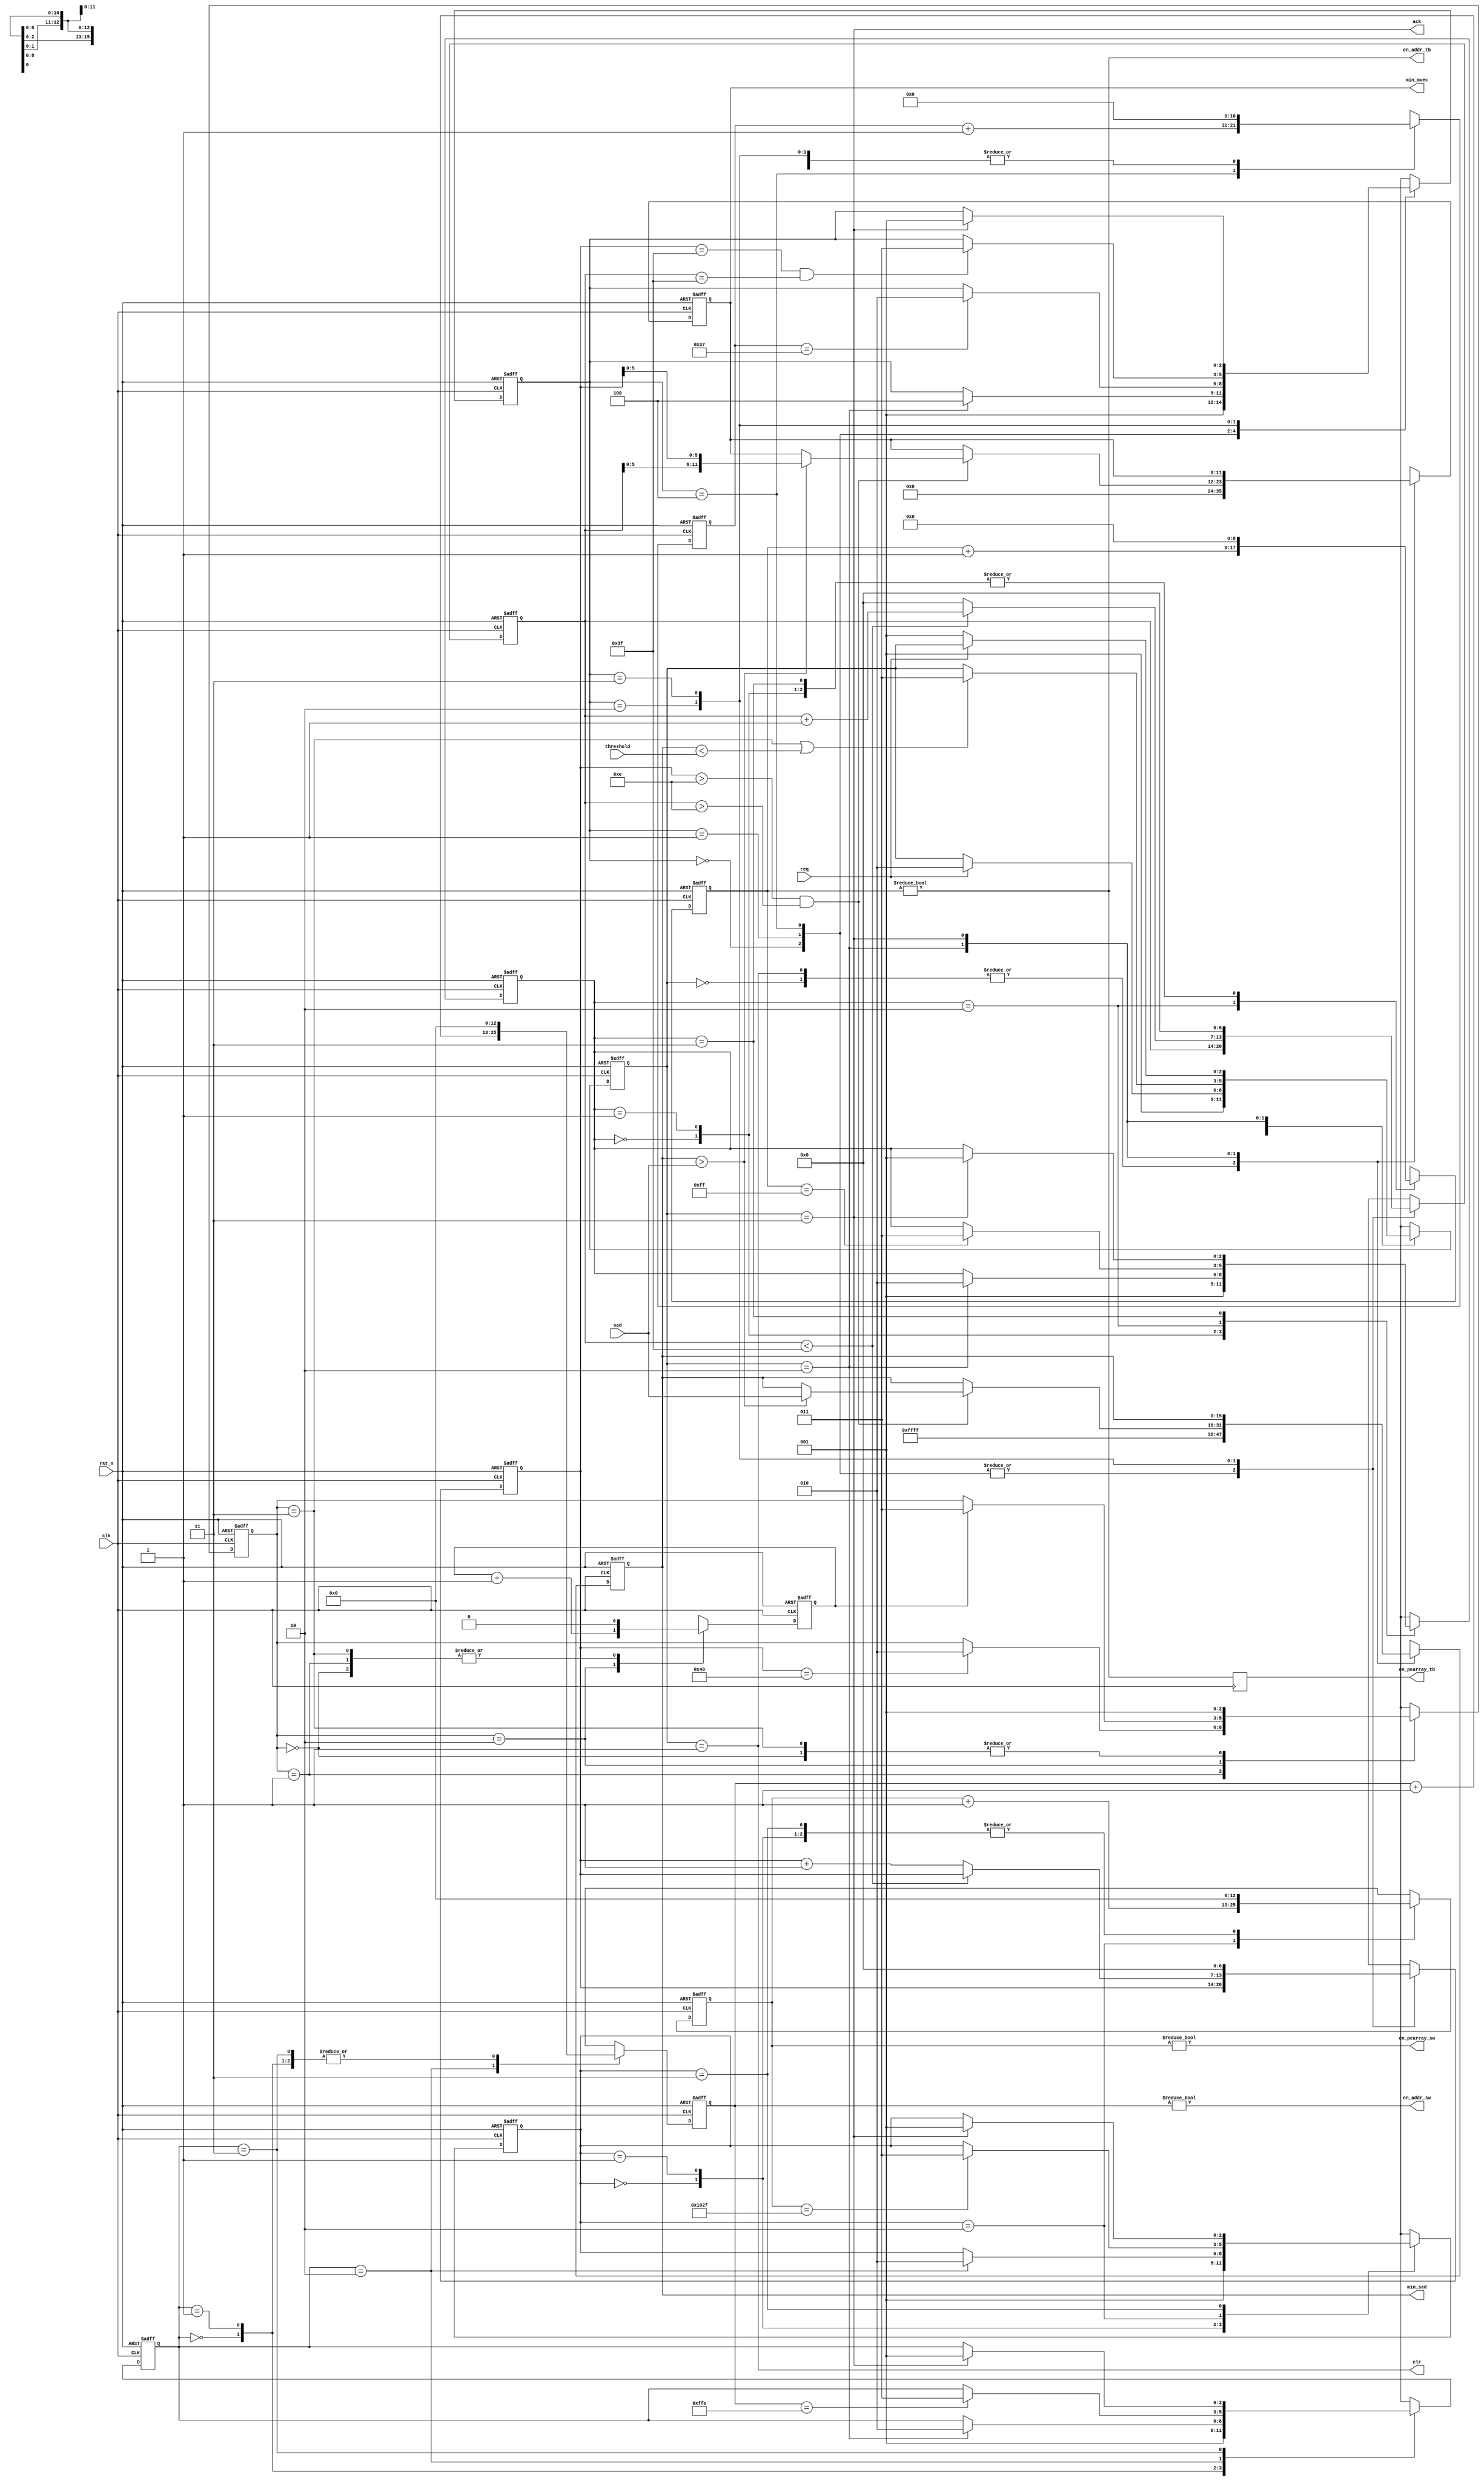
module control_unit
#(
  parameter SAD_WIDTH = 16,
  parameter CNT_WIDTH = 12,
  parameter TB_LENGTH = 16,
  parameter SW_LENGTH = 64
) (
  input  wire                       rst_n,
  input  wire                       clk,
  input  wire                       req,
  input  wire [SAD_WIDTH-1:0]       threshold,
  input  wire [SAD_WIDTH-1:0]       sad,
  output wire                       clr,
  output wire                       en_addr_sw,
  output wire                       en_addr_tb,
  output wire                       en_pearray_sw,
  output reg                        en_pearray_tb,
  output reg  [SAD_WIDTH-1:0]       min_sad,
  output reg  [(VEC_WIDTH-1)*2-1:0] min_mvec,
  output wire                       ack
);

localparam INIT             = 3'b000;
localparam WAIT_REQ         = 3'b001;
localparam RUNNING          = 3'b010;
localparam WAIT_REQ_FALL    = 3'b011;
localparam WAIT_RUN         = 3'b001;
localparam ACTIVE           = 3'b010;
localparam DONE             = 3'b011;
localparam WAIT_DUMMY_CYCLE = 3'b100;
localparam WAIT_SRCH_END    = 3'b001;
localparam DONE_CNT         = 3'b010;
localparam DONE_ACTIVE      = 3'b011;

localparam CNT_ADDR_SW_END    = SW_LENGTH**2-2;
localparam CNT_ADDR_TB_END    = TB_LENGTH**2-1;
localparam CNT_PEARRAY_SW_END = SW_LENGTH**2+(SW_LENGTH-TB_LENGTH-1);
localparam CNT_DUMMY_CYCLE    = SW_LENGTH-TB_LENGTH+7;
localparam VEC_WIDTH          = $clog2(SW_LENGTH+1);

reg [2:0]           state_main;
reg [CNT_WIDTH-1:0] cnt_min;
reg [2:0]           state_addr_sw;
reg [12:0]          cnt_addr_sw;
reg [2:0]           state_addr_tb;
reg [8:0]           cnt_addr_tb;
reg [2:0]           state_pearray_sw;
reg [12:0]          cnt_pearray_sw;
reg [2:0]           state_valid;
reg [10:0]          cnt_dummy;
reg [VEC_WIDTH-1:0] cnt_x;
reg [VEC_WIDTH-1:0] cnt_y;
reg [2:0]           state_done;
reg                 cnt_done;

assign ack           = (state_main == WAIT_REQ_FALL);
assign clr           = (state_main == WAIT_REQ);
assign en_addr_sw    = (cnt_addr_sw != 0);
assign en_addr_tb    = (cnt_addr_tb != 0);
assign en_pearray_sw = (cnt_pearray_sw != 0);
wire   valid         = (cnt_x > (TB_LENGTH-2)) && (cnt_y > (TB_LENGTH-2));
wire   done          = (state_done == DONE_ACTIVE);

// FSM main
always @(posedge clk or negedge rst_n) begin
  if(~rst_n) begin
    state_main <= INIT;
  end else begin
    case(state_main)
      INIT          :          state_main <= #1 WAIT_REQ;
      WAIT_REQ      : if( req) state_main <= #1 RUNNING;
      RUNNING       : if(done | (min_sad < threshold))
                               state_main <= #1 WAIT_REQ_FALL;
      WAIT_REQ_FALL : if(~req) state_main <= #1 WAIT_REQ;
      default       :          state_main <= 'dx;
    endcase
  end
end

// addr_sw
always @(posedge clk or negedge rst_n) begin
  if (~rst_n) begin
    state_addr_sw <= INIT;
    cnt_addr_sw   <= 0;
  end else begin
    case(state_addr_sw)
      INIT: begin
        state_addr_sw <= #1 WAIT_RUN;
        cnt_addr_sw   <= #1 0;
      end
      WAIT_RUN: begin
        if(state_main==RUNNING)
          state_addr_sw <= #1 ACTIVE;
        cnt_addr_sw <= #1 0;
      end
      ACTIVE: begin
        if(cnt_addr_sw==CNT_ADDR_SW_END)
          state_addr_sw <= #1 DONE;
        cnt_addr_sw <= #1 cnt_addr_sw + 1;
      end
      DONE: begin
        if(state_main==WAIT_REQ_FALL)
          state_addr_sw <= #1 WAIT_RUN;
        cnt_addr_sw <= #1 0;
      end
      default: begin
        state_addr_sw <= 'dx;
        cnt_addr_sw   <= 'dx;
      end
    endcase
  end
end

// addr_tb
always @(posedge clk or negedge rst_n) begin
  if (~rst_n) begin
    state_addr_tb <= INIT;
    cnt_addr_tb   <= 0;
  end else begin
    case(state_addr_tb)
      INIT: begin
        state_addr_tb <= #1 WAIT_RUN;
        cnt_addr_tb   <= #1 0;
      end
      WAIT_RUN: begin
        if(state_main==RUNNING)
          state_addr_tb <= #1 ACTIVE;
        cnt_addr_tb <= #1 0;
      end
      ACTIVE: begin
        if(cnt_addr_tb==CNT_ADDR_TB_END)
          state_addr_tb <= #1 DONE;
        cnt_addr_tb <= #1 cnt_addr_tb + 1;
      end
      DONE: begin
        if(state_main==WAIT_REQ_FALL)
          state_addr_tb <= #1 WAIT_RUN;
        cnt_addr_tb <= #1 0;
      end
      default: begin
        state_addr_tb <= 'dx;
        cnt_addr_tb   <= 'dx;
      end
    endcase
  end
end

// pearray_sw
always @(posedge clk or negedge rst_n) begin
  if (~rst_n) begin
    state_pearray_sw <= INIT;
    cnt_pearray_sw   <= 0;
  end else begin
    case(state_pearray_sw)
      INIT: begin
        state_pearray_sw <= #1 WAIT_RUN;
        cnt_pearray_sw   <= #1 0;
      end
      WAIT_RUN: begin
        if(state_addr_sw==ACTIVE)
          state_pearray_sw <= #1 ACTIVE;
        cnt_pearray_sw <= #1 0;
      end
      ACTIVE: begin
        if(cnt_pearray_sw==CNT_PEARRAY_SW_END)
          state_pearray_sw <= #1 DONE;
        cnt_pearray_sw <= #1 cnt_pearray_sw + 1;
      end
      DONE: begin
        if(state_main==WAIT_REQ_FALL)
          state_pearray_sw <= #1 WAIT_RUN;
        cnt_pearray_sw <= #1 0;
      end
      default: begin
        state_pearray_sw <= 'dx;
        cnt_pearray_sw   <= 'dx;
      end
    endcase
  end
end

// pearray_tb
always @(posedge clk)
  en_pearray_tb <= #1 en_addr_tb;

// valid
always @(posedge clk or negedge rst_n) begin
  if (~rst_n) begin
    state_valid <= INIT;
    cnt_dummy   <= 0;
    cnt_x       <= 0;
    cnt_y       <= 0;
  end else begin
    case(state_valid)
      INIT: begin
        state_valid <= #1 {1'b0, WAIT_RUN};
        cnt_dummy   <= #1 0;
      end
      WAIT_RUN: begin
        if(state_main==RUNNING)
          state_valid <= #1 WAIT_DUMMY_CYCLE;
        cnt_dummy <= #1 0;
      end
      WAIT_DUMMY_CYCLE: begin
        if(cnt_dummy==CNT_DUMMY_CYCLE)
          state_valid <= #1 {1'b0, ACTIVE};
        cnt_dummy <= #1 cnt_dummy + 1;
      end
      ACTIVE: begin
        if((cnt_x==(SW_LENGTH-1))&&(cnt_y==(SW_LENGTH-1)))
          state_valid <= #1 {1'b0, DONE};
        cnt_dummy <= #1 0;
        if(cnt_y < (SW_LENGTH-1))
          cnt_y <= #1 cnt_y + 1;
        else begin
          cnt_y <= #1 0;
          cnt_x <= #1 cnt_x + 1;
        end
      end
      DONE: begin
        if(state_main==WAIT_REQ_FALL)
          state_valid <= #1 {1'b0, WAIT_RUN};
        cnt_dummy <= #1 0;
        cnt_x     <= #1 0;
        cnt_y     <= #1 0;
      end
      default: begin
        state_valid <= 'dx;
        cnt_dummy   <= 'dx;
        cnt_x       <= 'dx;
        cnt_y       <= 'dx;
      end
    endcase
  end
end

// done
always @(posedge clk or negedge rst_n) begin
  if (~rst_n)begin
    state_done <= INIT;
    cnt_done   <= 0;
  end else begin
    case (state_done)
      INIT: begin
        state_done <= #1 WAIT_SRCH_END;
        cnt_done   <= #1 0;
      end
      WAIT_SRCH_END: begin
        if(cnt_x==SW_LENGTH)
          state_done <= #1 DONE_CNT;
        cnt_done <= #1 0;
      end
      DONE_CNT: begin
        if(cnt_done==1'b1)
          state_done <= #1 DONE_ACTIVE;
        cnt_done <= #1 cnt_done + 1;
      end
      DONE_ACTIVE: begin
        state_done <= #1 WAIT_SRCH_END;
        cnt_done   <= #1 0;
      end
      default: begin
        state_done <= 'dx;
        cnt_done   <= 'dx;
      end
    endcase
  end
end

// min
always @(posedge clk or negedge rst_n) begin
  if(~rst_n) begin
    cnt_min  <= 0;
    min_sad  <= {SAD_WIDTH{1'b1}};
    min_mvec <= 0;
  end else begin
    case(state_main)
      INIT: begin
        cnt_min  <= #1 0;
        min_sad  <= #1 {SAD_WIDTH{1'b1}};
        min_mvec <= #1 0;
      end
      WAIT_REQ: begin
        cnt_min  <= #1 0;
        min_sad  <= #1 {SAD_WIDTH{1'b1}};
        min_mvec <= #1 0;
      end
      RUNNING: begin
        if(valid)begin
          cnt_min <= #1 cnt_min + 1;
          if(min_sad > sad) begin
            min_sad  <= #1 sad;
            min_mvec <= #1 {cnt_y[5:0], cnt_x[5:0]};
          end
        end
      end
      WAIT_REQ_FALL : ;
      default: begin
        cnt_min  <= 'dx;
        min_sad  <= 'dx;
        min_mvec <= 'dx;
      end
    endcase
  end
end

endmodule